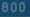
B0O